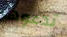
تدعوها